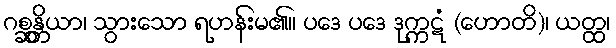
ဂစ္ဆန္တိယာ၊ သွားသော ရဟန်းမ၏။ ပဒေ ပဒေ ဒုက္ကဋံ (ဟောတိ)၊ ယတ္ထ၊